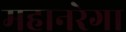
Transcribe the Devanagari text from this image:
महानरेगा